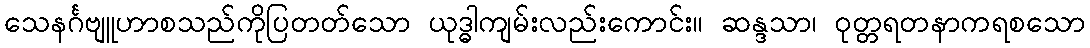
သေနင်္ဂဗျူဟာစသည်ကိုပြတတ်သော ယုဒ္ဓါကျမ်းလည်းကောင်း။ ဆန္ဒသာ၊ ဝုတ္တရတနာကရစသော